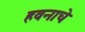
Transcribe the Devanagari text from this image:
हवनाचे